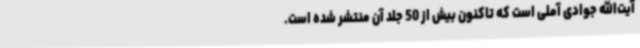
آیت‌الله جوادی آملی است که تاکنون بیش از 50 جلد آن منتشر شده است.